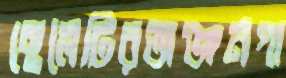
ছেলেটিরঅঞ্জনগা